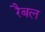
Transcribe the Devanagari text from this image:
रैबल